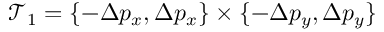
\mathcal { T } _ { 1 } = \{ - \Delta p _ { x } , \Delta p _ { x } \} \times \{ - \Delta p _ { y } , \Delta p _ { y } \}